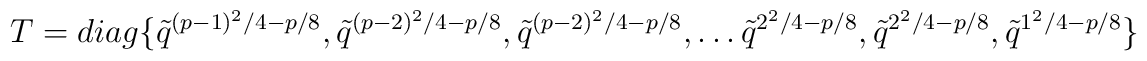
T=diag\{ \tilde q^{(p-1)^2/4-p/8},\tilde q^{(p-2)^2/4-p/8},\tilde q^{(p-2)^2/4-p/8},\ldots \tilde q^{2^2/4-p/8},\tilde q^{2^2/4-p/8},\tilde q^{1^2/4-p/8}\}